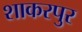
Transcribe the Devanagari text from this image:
शाकरपुर